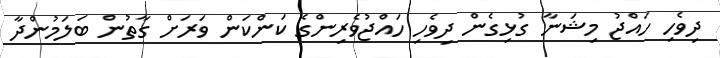
ދިވެހި ހައްޖު މިޝަނާ ގުޅިގެން ދިވެހި ހައްޖުވެރިންގެ ކަންކަން ވަރަށް ގާތުން ބަލަމުންދާ